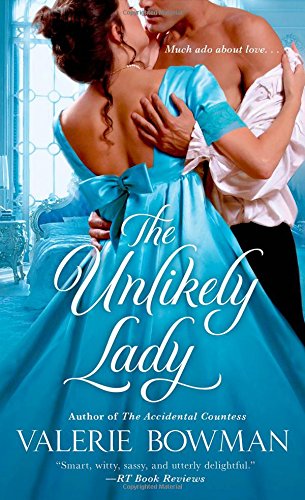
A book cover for The Unlikely Lady (Playful Brides); Valerie Bowman; Literature & Fiction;